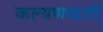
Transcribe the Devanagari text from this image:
कल्यणकारी